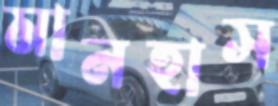
মানহাস